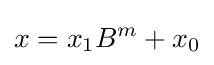
x=x_{1}B^{m}+x_{0}